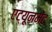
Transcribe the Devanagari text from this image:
एट्यूनमेंट